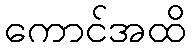
ကောင်အထိ